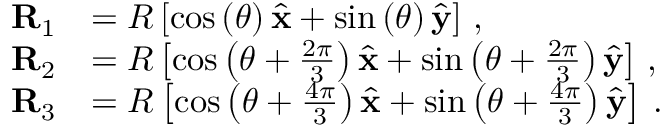
\begin{array} { r l } { \mathbf { R } _ { 1 } } & { = R \left[ \cos \left( \theta \right) \hat { \mathbf { x } } + \sin \left( \theta \right) \hat { \mathbf { y } } \right] \, , } \\ { \mathbf { R } _ { 2 } } & { = R \left[ \cos \left( \theta + \frac { 2 \pi } { 3 } \right) \hat { \mathbf { x } } + \sin \left( \theta + \frac { 2 \pi } { 3 } \right) \hat { \mathbf { y } } \right] \, , } \\ { \mathbf { R } _ { 3 } } & { = R \left[ \cos \left( \theta + \frac { 4 \pi } { 3 } \right) \hat { \mathbf { x } } + \sin \left( \theta + \frac { 4 \pi } { 3 } \right) \hat { \mathbf { y } } \right] \, . } \end{array}